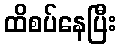
ထိစပ်နေပြီး